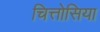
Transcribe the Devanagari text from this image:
चित्तोसिया